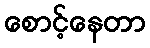
စောင့်နေတာ